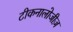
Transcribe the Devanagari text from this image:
टीकनालोजीज़